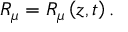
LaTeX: R _ { \mu } = R _ { \mu } \left( z , t \right) .